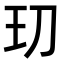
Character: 𭸵